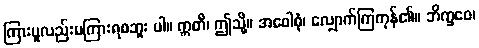
ကြားမူလည်းမကြားရစဘူး ပါ။ ဣတိ၊ ဤသို့။ အဝေါစုံ၊ လျှောက်ကြကုန်၏။ ဘိက္ခဝေ၊